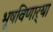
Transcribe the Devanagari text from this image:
भूषविणार्‍या